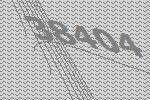
38404